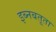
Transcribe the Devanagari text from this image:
इब्‍नबतूता